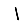
Digit: 1